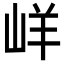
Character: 㟄